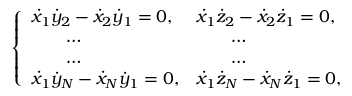
\left\{ \begin{array} { l l } { { \dot { x } } _ { 1 } { \dot { y } } _ { 2 } - { \dot { x } } _ { 2 } { \dot { y } } _ { 1 } = 0 , } & { { \dot { x } } _ { 1 } { \dot { z } } _ { 2 } - { \dot { x } } _ { 2 } { \dot { z } } _ { 1 } = 0 , } \\ { \qquad \dots } & { \qquad \dots } \\ { \qquad \dots } & { \qquad \dots } \\ { { \dot { x } } _ { 1 } { \dot { y } } _ { N } - { \dot { x } } _ { N } { \dot { y } } _ { 1 } = 0 , } & { { \dot { x } } _ { 1 } { \dot { z } } _ { N } - { \dot { x } } _ { N } { \dot { z } } _ { 1 } = 0 , } \end{array} \right.